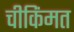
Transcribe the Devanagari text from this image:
चीकिंमत